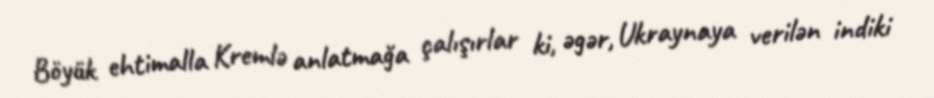
Böyük ehtimalla Kremlə anlatmağa çalışırlar ki, əgər, Ukraynaya verilən indiki